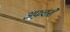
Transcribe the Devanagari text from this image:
अफ़शरी